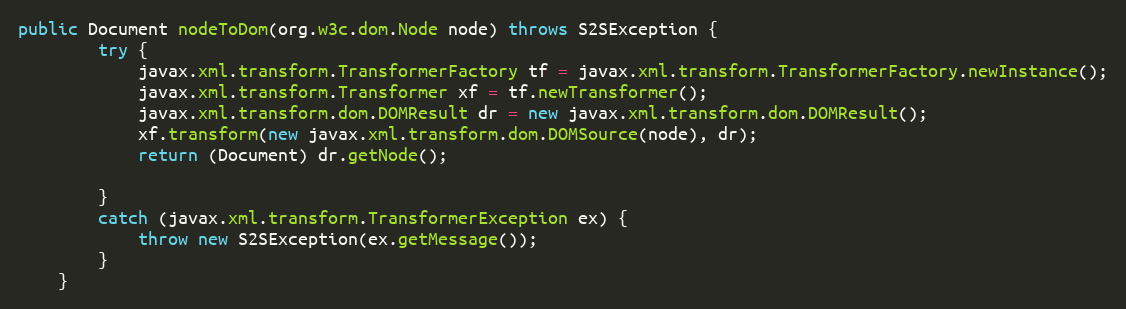
Language: Java
public Document nodeToDom(org.w3c.dom.Node node) throws S2SException {
        try {
            javax.xml.transform.TransformerFactory tf = javax.xml.transform.TransformerFactory.newInstance();
            javax.xml.transform.Transformer xf = tf.newTransformer();
            javax.xml.transform.dom.DOMResult dr = new javax.xml.transform.dom.DOMResult();
            xf.transform(new javax.xml.transform.dom.DOMSource(node), dr);
            return (Document) dr.getNode();

        }
        catch (javax.xml.transform.TransformerException ex) {
            throw new S2SException(ex.getMessage());
        }
    }